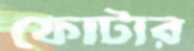
ফোটার